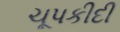
ચૂપકીદી